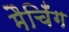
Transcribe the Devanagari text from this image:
मैचिँग